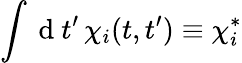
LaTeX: \int\mathrm{~d~}t^{\prime}\, \chi_{i}(t,t^{\prime})\equiv\chi_{i}^{*}